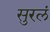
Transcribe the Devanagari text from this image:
सुरलं